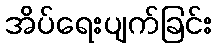
အိပ်ရေးပျက်ခြင်း